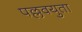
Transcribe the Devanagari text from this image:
पल्लवयुता